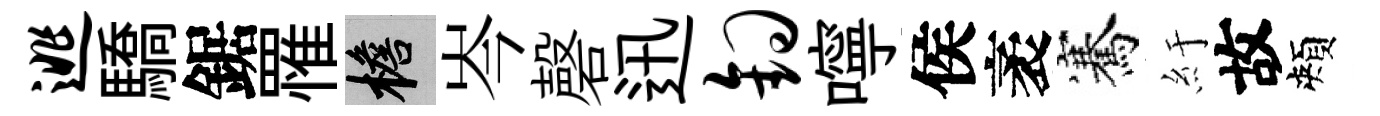
逃驕鋸罹檐岑磬迅钩嚀侯袤騫紆故頰